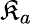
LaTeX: \mathfrak{K}_{a}